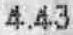
4.43